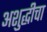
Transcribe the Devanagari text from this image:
अशुद्धीचा